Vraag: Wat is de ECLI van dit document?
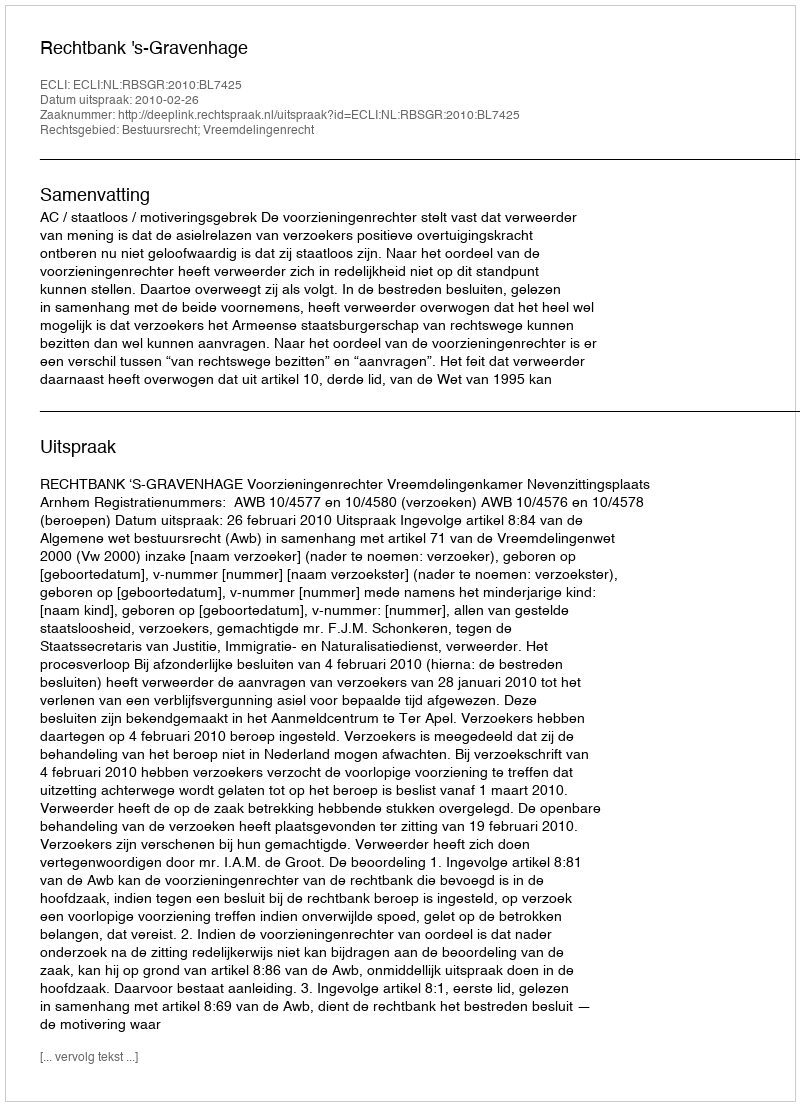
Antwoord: ECLI:NL:RBSGR:2010:BL7425